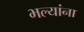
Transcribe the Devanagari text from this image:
भल्यांना